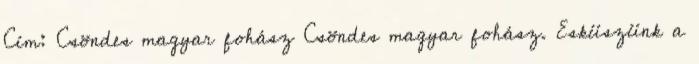
Cím: Csöndes magyar fohász Csöndes magyar fohász. Esküszünk a